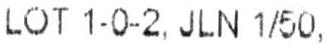
LOT 1-0-2, JLN 1/50,